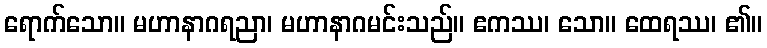
ရောက်သော။ မဟာနာဂရညာ၊ မဟာနာဂမင်းသည်။ ဧကဿ၊ သော။ ထေရဿ၊ ၏။